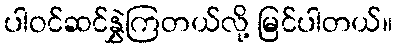
ပါဝင်ဆင်နွှဲကြတယ်လို့ မြင်ပါတယ်။